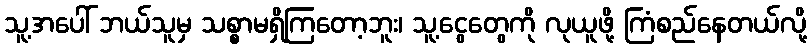
သူ့အပေါ် ဘယ်သူမှ သစ္စာမရှိကြတော့ဘူး၊ သူ့ငွေတွေကို လုယူဖို့ ကြံစည်နေတယ်လို့